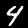
Label: 4